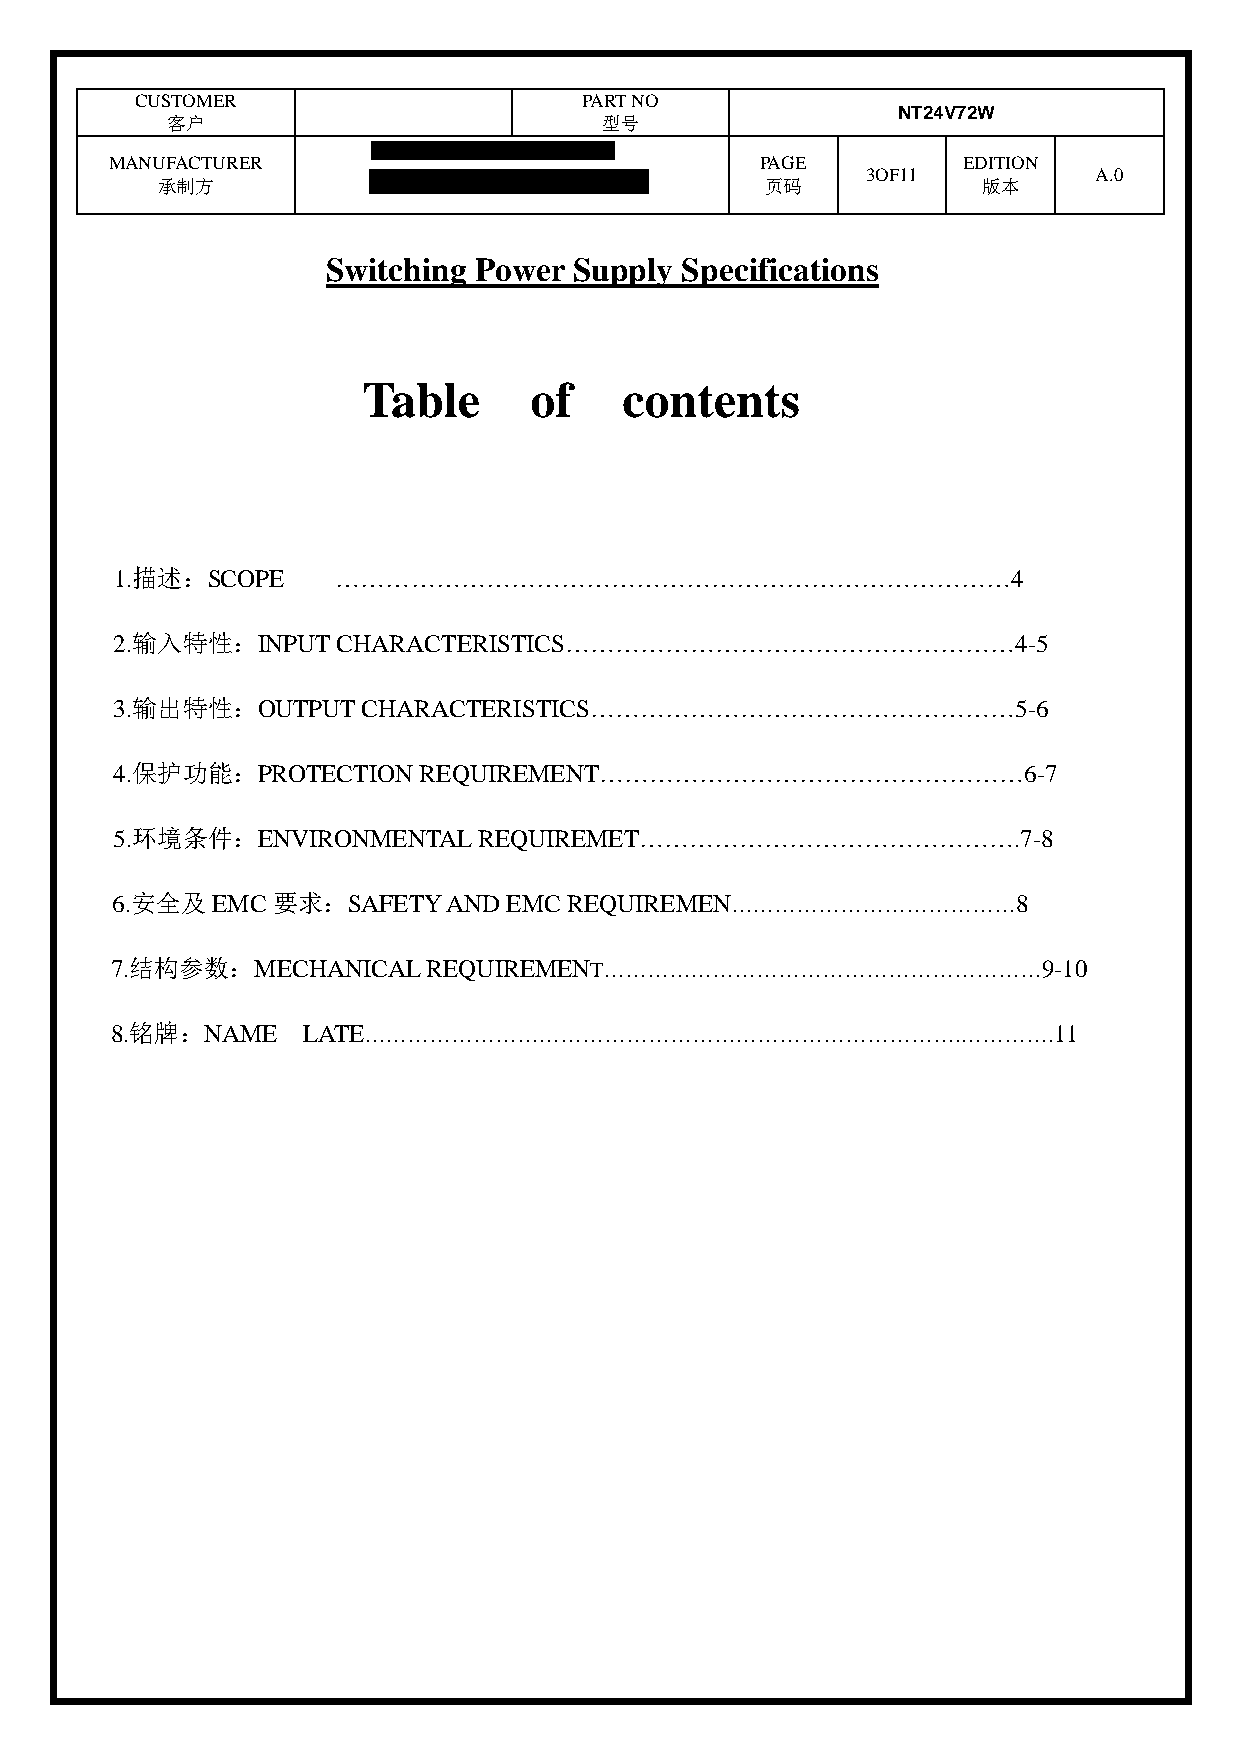
CUSTOMER                      PART NO
 NT24V72W
 客户                           型号
 MANUFACTURER                               PAGE          EDITION
 承制方                                      页码
 3OF11
 版本
 A.0
 Switching Power Supply Specifications
 Table      of    contents
 1.描述：SCOPE    ………………………………………………………………………4
 2.输入特性：INPUT  CHARACTERISTICS………………………………………………4-5
 3.输出特性：OUTPUT   CHARACTERISTICS……………………………………………5-6
 4.保护功能：PROTECTION   REQUIREMENT……………………………………………6-7
 5.环境条件：ENVIRONMENTAL    REQUIREMET……………………………………….7-8
 6.安全及EMC要求：SAFETY      AND EMC REQUIREMEN…………………………………8
 7.结构参数：MECHANICAL    REQUIREMENT……………………………………………………9-10
 8.铭牌：NAME    LATE……………………………………………………………………….………….11